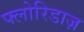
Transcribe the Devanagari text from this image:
फ्लोरिडाज़